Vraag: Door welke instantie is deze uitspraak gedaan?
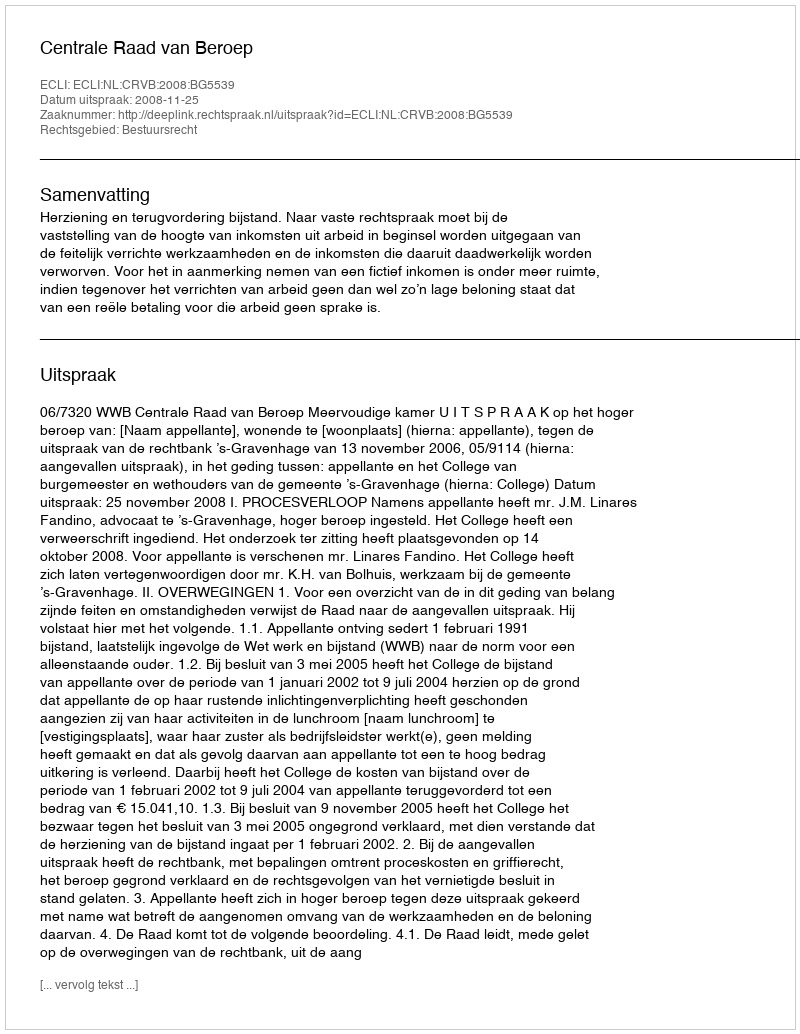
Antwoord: Centrale Raad van Beroep